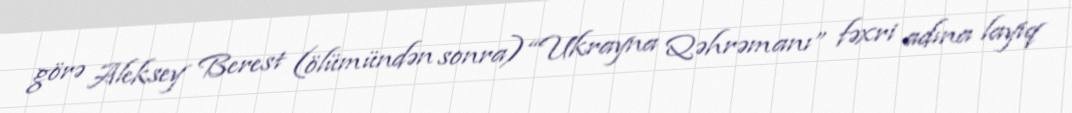
görə Aleksey Berest (ölümündən sonra) “Ukrayna Qəhrəmanı” fəxri adına layiq